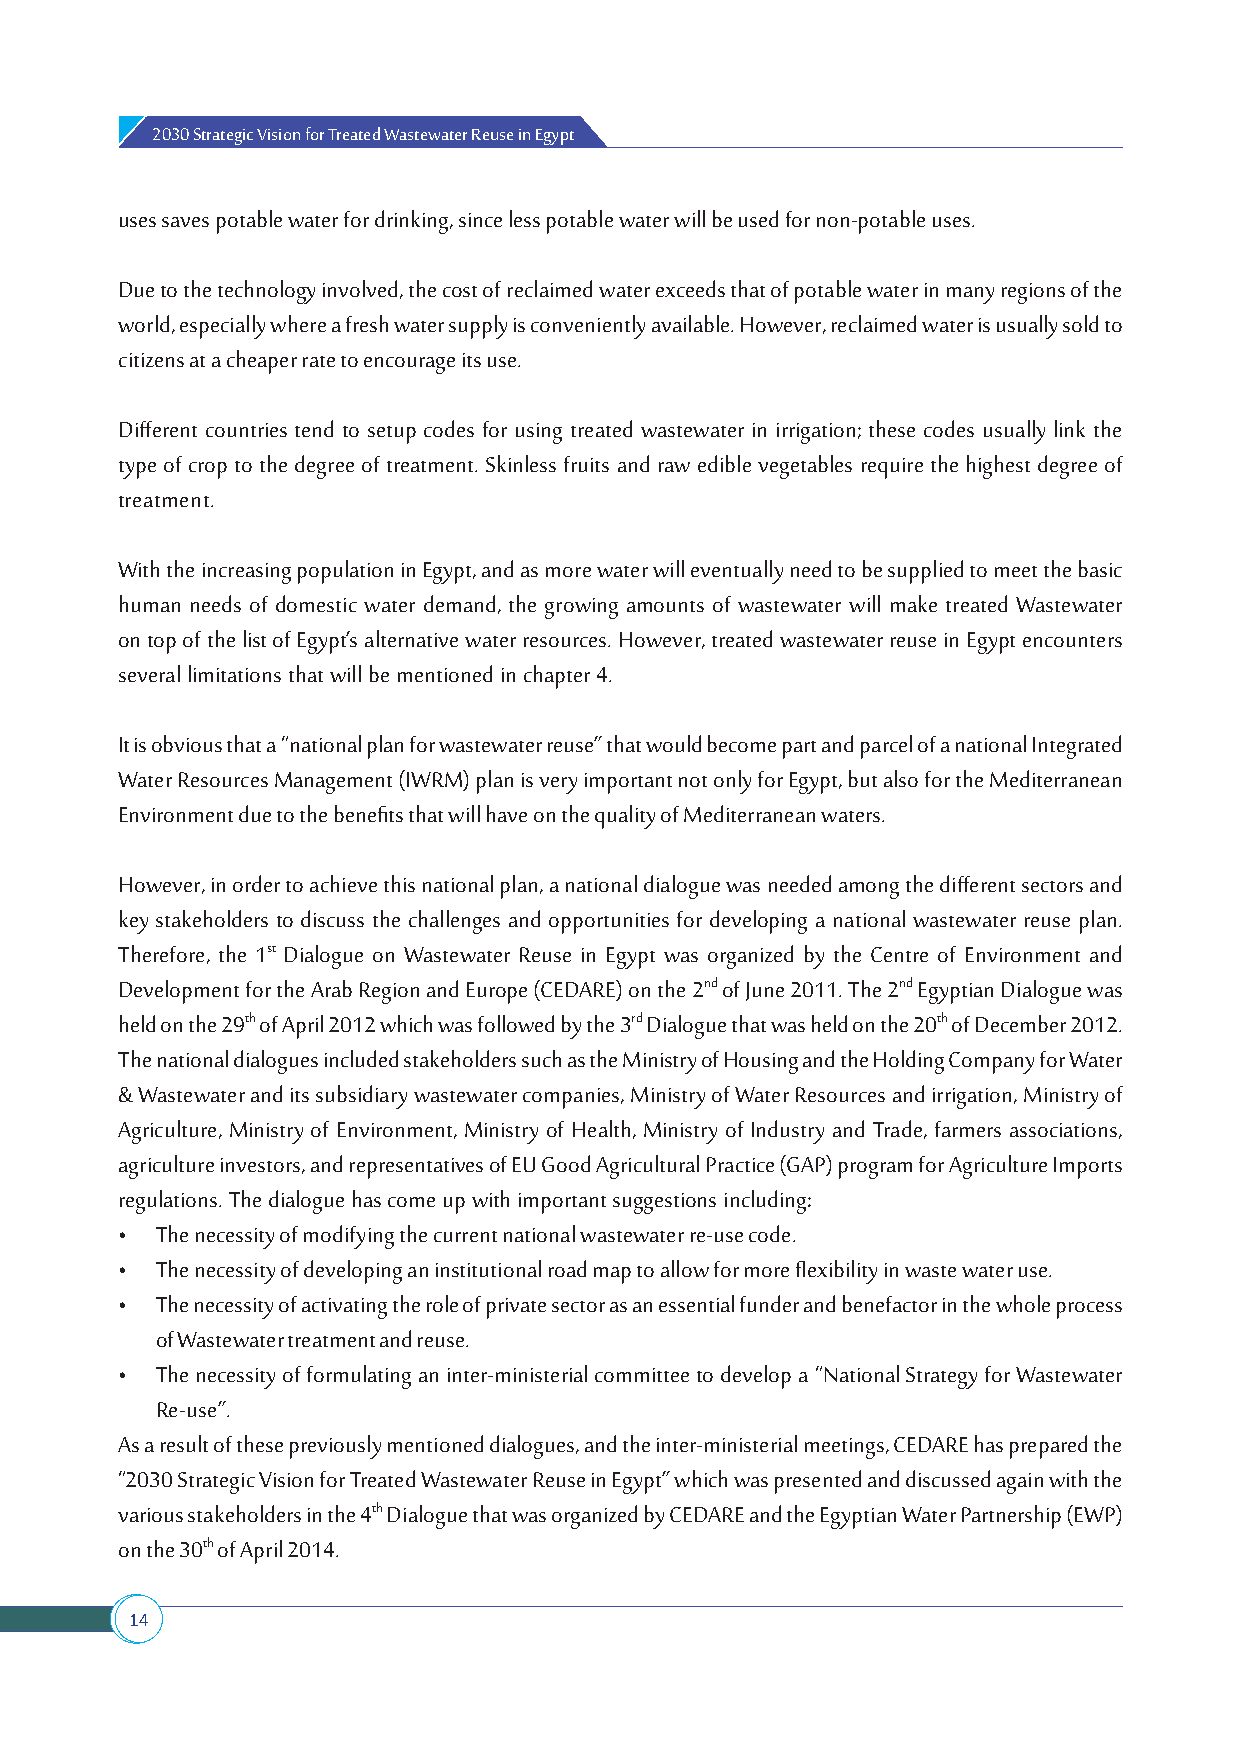
2030 Strategic Vision for Treated Wastewater Reuse in Egypt
 uses saves potable water for drinking, since less potable water will be used for non-potable uses.
 Due to the technology involved, the cost of reclaimed water exceeds that of potable water in many regions of the
 world, especially where a fresh water supply is conveniently available. However, reclaimed water is usually sold to
 citizens at a cheaper rate to encourage its use.
 Different countries tend to setup codes for using treated wastewater in irrigation; these codes usually link the
 type of crop to the degree of treatment. Skinless fruits and raw edible vegetables require the highest degree of
 treatment.
 With the increasing population in Egypt, and as more water will eventually need to be supplied to meet the basic
 human needs of domestic water demand, the growing amounts of wastewater will make treated Wastewater
 on top of the list of Egypt’s alternative water resources. However, treated wastewater reuse in Egypt encounters
 several limitations that will be mentioned in chapter 4.
 It is obvious that a “national plan for wastewater reuse” that would become part and parcel of a national Integrated
 Water Resources Management (IWRM) plan is very important not only for Egypt, but also for the Mediterranean
 Environment due to the benefits that will have on the quality of Mediterranean waters.
 However, in order to achieve this national plan, a national dialogue was needed among the different sectors and
 key stakeholders to discuss the challenges and opportunities for developing a national wastewater reuse plan.
 Therefore, the 1st Dialogue on Wastewater Reuse in Egypt was organized by the Centre of Environment and
 Development for the Arab Region and Europe (CEDARE) on the 2nd of June 2011. The 2nd Egyptian Dialogue was
 held on the 29th of April 2012 which was followed by the 3rd Dialogue that was held on the 20th of December 2012.
 The national dialogues included stakeholders such as the Ministry of Housing and the Holding Company for Water
 & Wastewater and its subsidiary wastewater companies, Ministry of Water Resources and irrigation, Ministry of
 Agriculture, Ministry of Environment, Ministry of Health, Ministry of Industry and Trade, farmers associations,
 agriculture investors, and representatives of EU Good Agricultural Practice (GAP) program for Agriculture Imports
 regulations. The dialogue has come up with important suggestions including:
 • The necessity of modifying the current national wastewater re-use code.
 • The necessity of developing an institutional road map to allow for more flexibility in waste water use.
 • The necessity of activating the role of private sector as an essential funder and benefactor in the whole process
 of Wastewater treatment and reuse.
 • The necessity of formulating an inter-ministerial committee to develop a “National Strategy for Wastewater
 Re-use”.
 As a result of these previously mentioned dialogues, and the inter-ministerial meetings, CEDARE has prepared the
 “2030 Strategic Vision for Treated Wastewater Reuse in Egypt” which was presented and discussed again with the
 various stakeholders in the 4th Dialogue that was organized by CEDARE and the Egyptian Water Partnership (EWP)
 on the 30th of April 2014.
 14